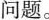
问题。